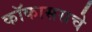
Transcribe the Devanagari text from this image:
कॉकाससचे